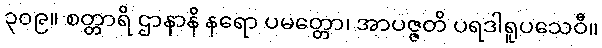
၃၀၉။ စတ္တာရိ ဌာနာနိ နရော ပမတ္တော၊ အာပဇ္ဇတိ ပရဒါရူပသေဝီ။